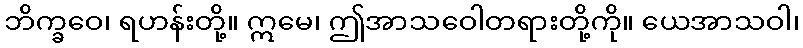
ဘိက္ခဝေ၊ ရဟန်းတို့။ ဣမေ၊ ဤအာသဝေါတရားတို့ကို။ ယေအာသဝါ၊